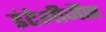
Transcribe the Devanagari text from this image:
इंटेलीजैंस